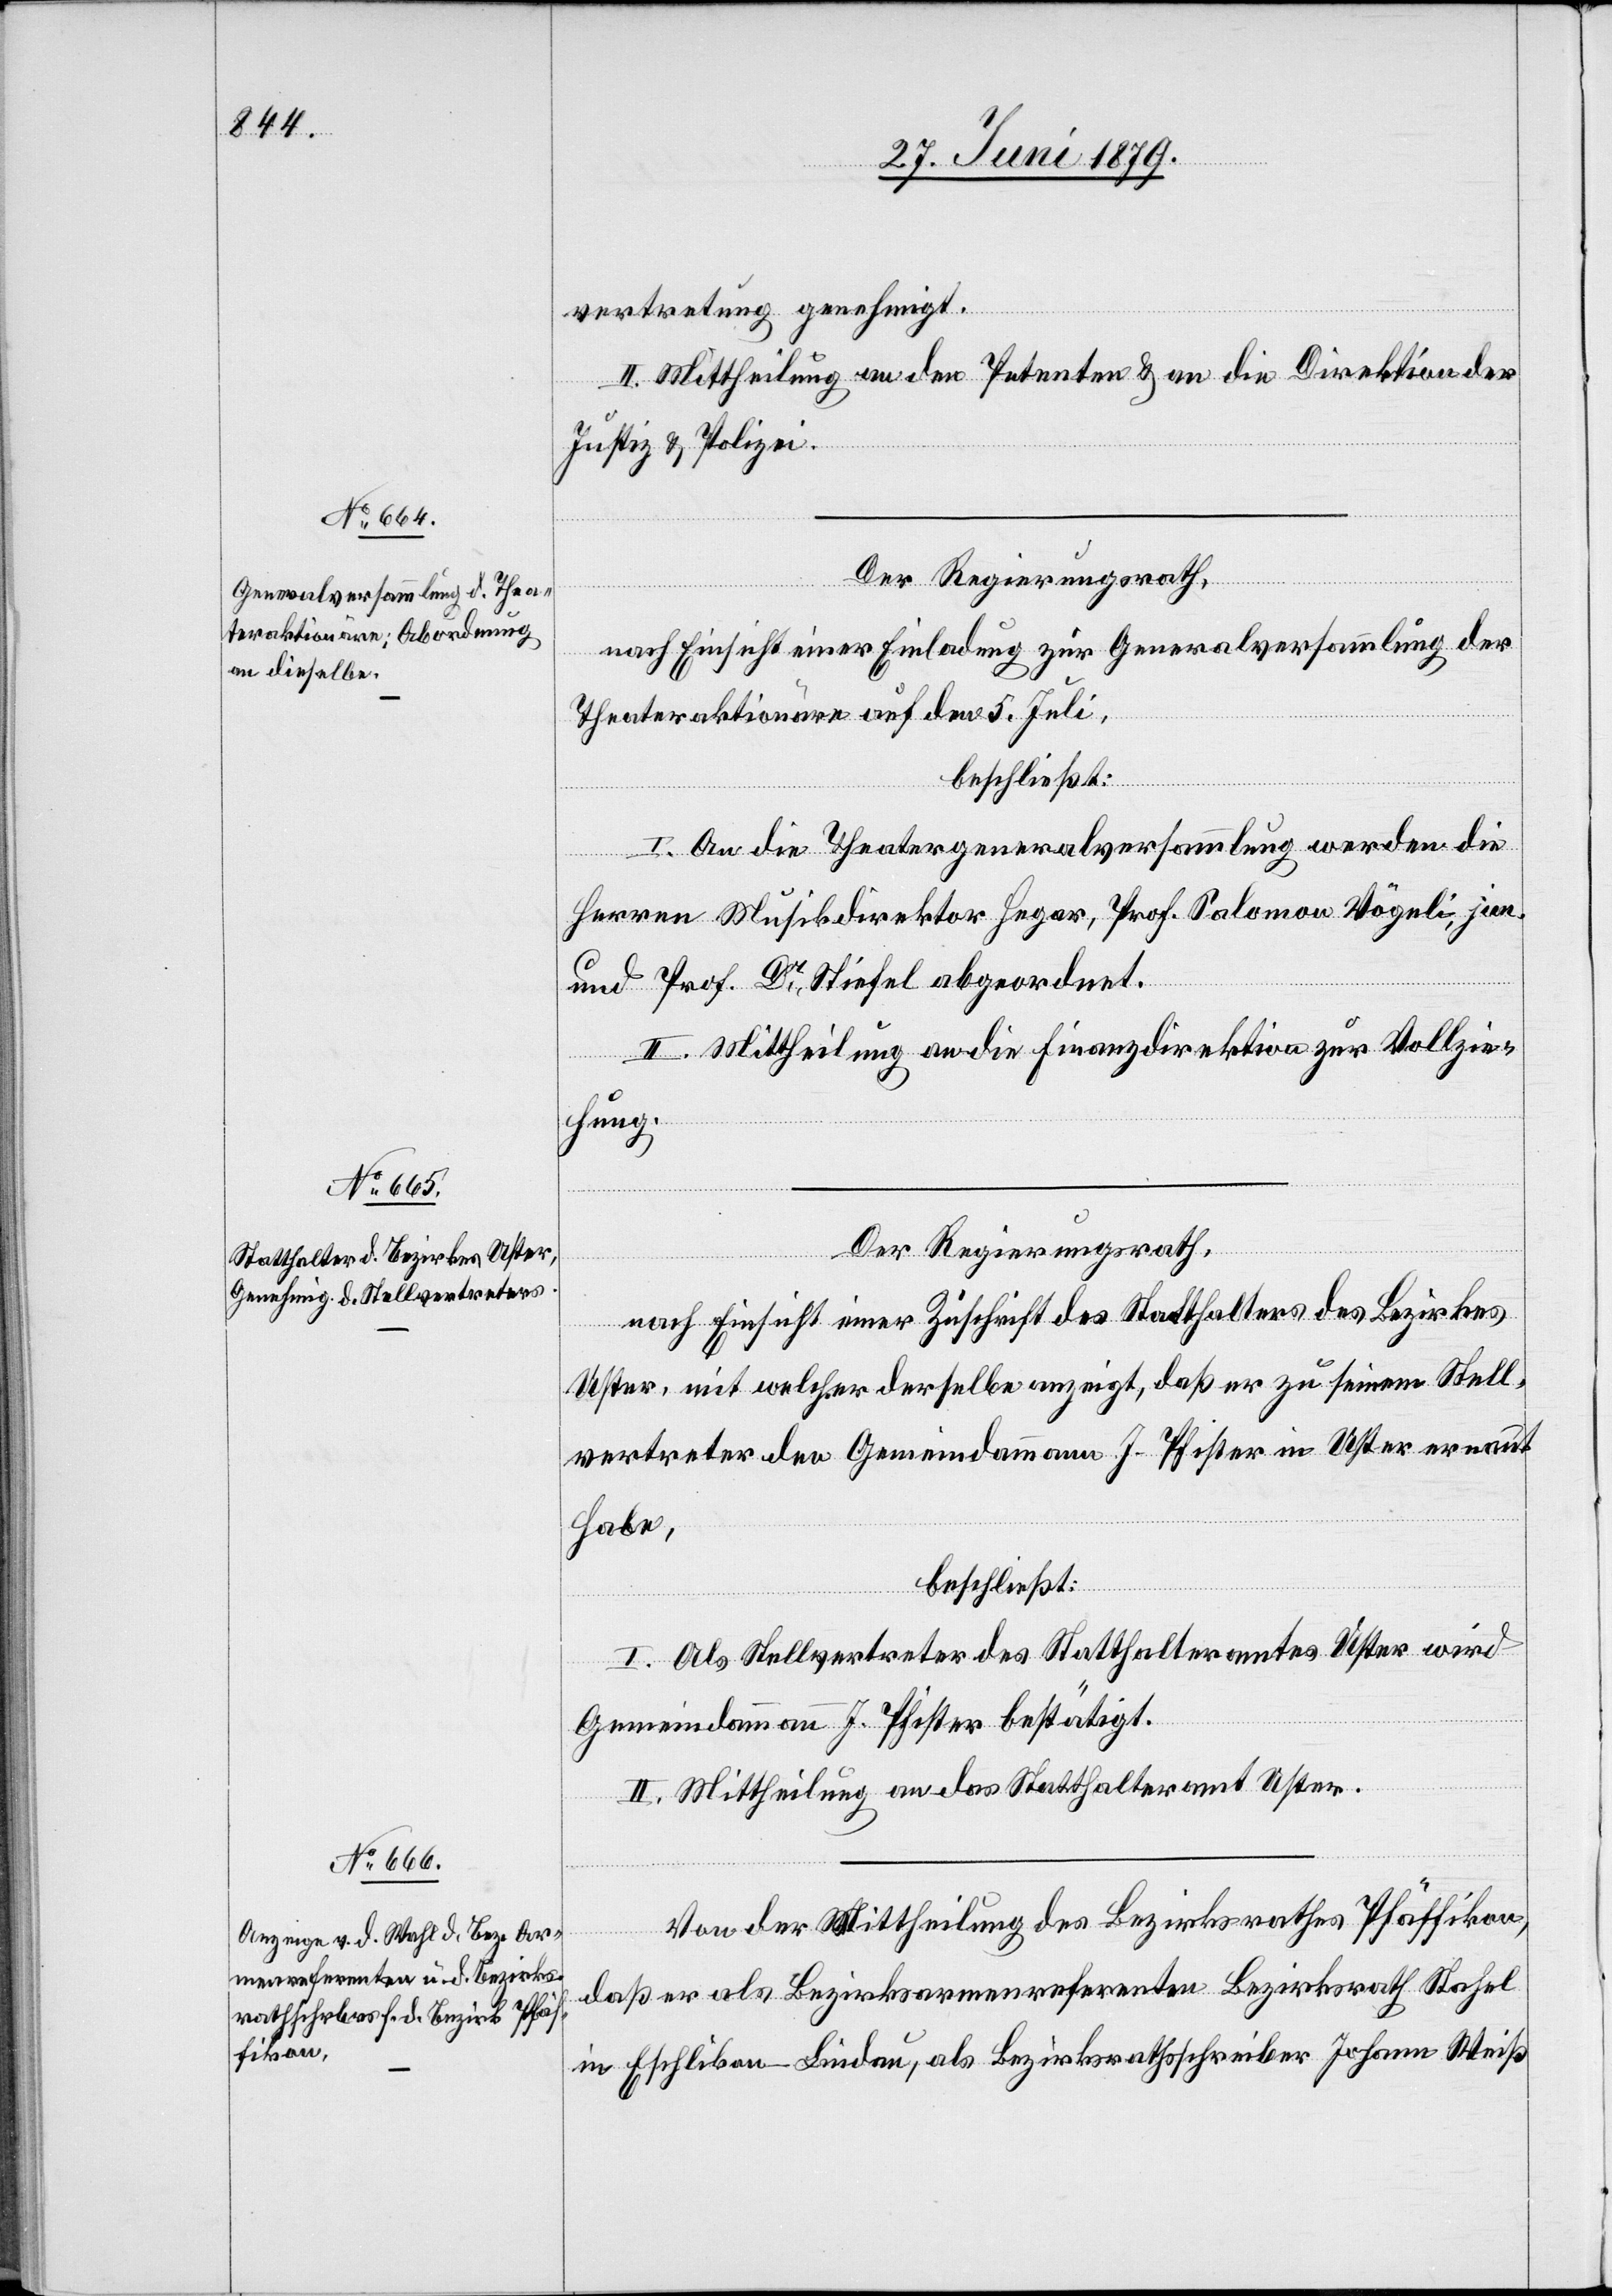
vertretung genehmigt.
II. Mittheilung an den Petenten & an die Direktion der
Justiz & Polizei.
Der Regierungsrath,
nach Einsicht einer Einladung zur Generalversammlung der
Theateraktionäre auf den 5. Juli,
beschließt:
I. An die Theatergeneralversammlung werden die
Herren Musikdirektor Hegar, Prof. Salomon Vögeli, jun.
und Prof. Dr Stiefel abgeordnet.
II. Mittheilung an die Finanzdirektion zur Vollzie¬
hung.
Der Regierungsrath,
nach Einsicht einer Zuschrift des Statthalters des Bezirkes
Uster, mit welcher derselbe anzeigt, daß er zu seinem Stell¬
vertreter den Gemeindammann J. Pfister in Uster ernannt
habe,
beschließt:
I. Als Stellvertreter des Statthalteramtes Uster wird
Gemeindammann J. Pfister bestätigt.
II. Mittheilung an das Statthalteramt Uster.
Von der Mittheilung des Bezirksrathes Pfäffikon,
daß er als Bezirksarmenreferenten Bezirksrath Stahel
in Eschlikon - Lindau, als Bezirksrathsschreiber Johann Weiß